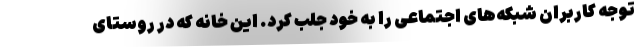
توجه کاربران شبکه‌های اجتماعی را به خود جلب کرد. این خانه که در روستای